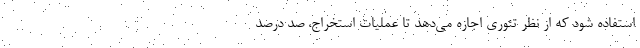
استفاده شود که از نظر تئوری اجازه می‌دهد تا عملیات استخراج، صد درصدِ